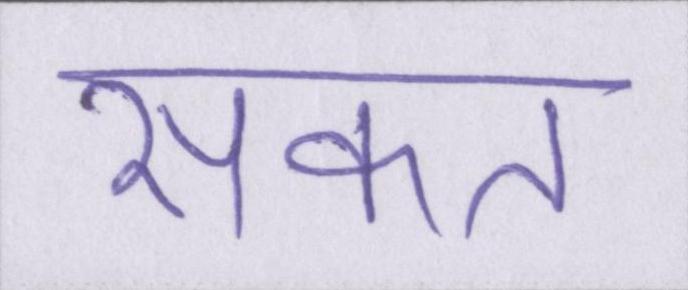
सकत